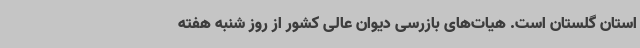
استان گلستان است. هیات‌های بازرسی دیوان عالی کشور از روز شنبه هفته